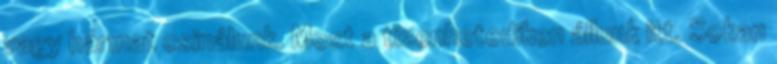
vagy hármat csinálunk. Most a tizenhetediken állunk itt. Sokan